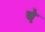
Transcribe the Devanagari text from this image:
षे